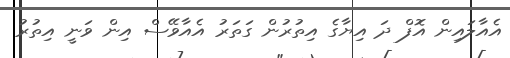
އެއާލައިން އޮފް ދަ އިޔާގެ އިތުރުން ގަތަރު އެއާވޭސް އިން ވަނީ އިތުރު